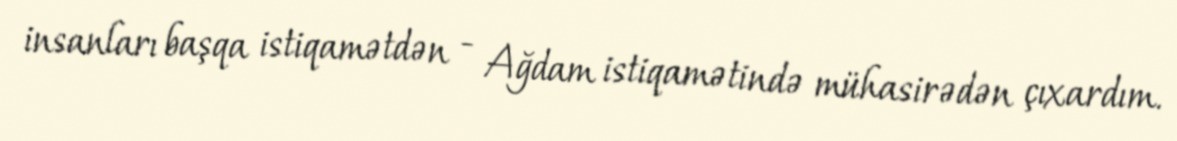
insanları başqa istiqamətdən - Ağdam istiqamətində mühasirədən çıxardım.